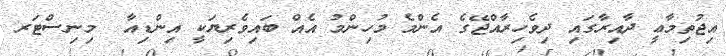
އިޖުތިމާޢީ ދާއިރާގައި ދިވެހިރާއްޖޭގެ އެންމެ މުހިންމު އެއް ބައިވެރިޔަކީ އިންޑިއާ  މިނިސްޓަރ